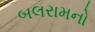
બલરામનો